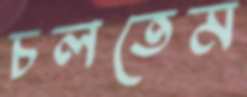
চলতেম